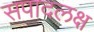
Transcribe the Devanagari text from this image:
सपादलक्ष